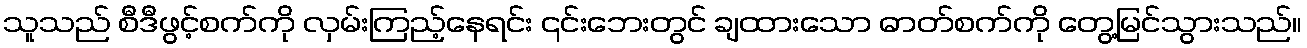
သူသည် စီဒီဖွင့်စက်ကို လှမ်းကြည့်နေရင်း ၎င်းဘေးတွင် ချထားသော ဓာတ်စက်ကို တွေ့မြင်သွားသည်။